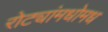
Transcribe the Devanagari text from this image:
रोट्यांमधोमध